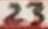
Text: 23